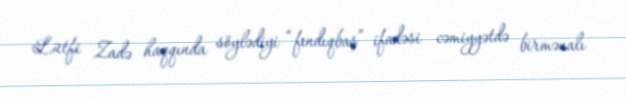
Lütfi Zadə haqqında söylədiyi “fındıqbaş” ifadəsi cəmiyyətdə birmənalı